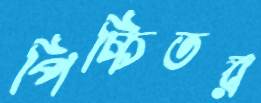
পিচ্চিতর